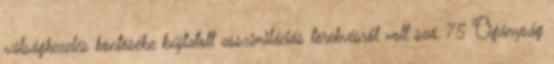
válságkezelés köntösébe bújtatott asszimilációs törekvésről volt szó. 75 Cigányság